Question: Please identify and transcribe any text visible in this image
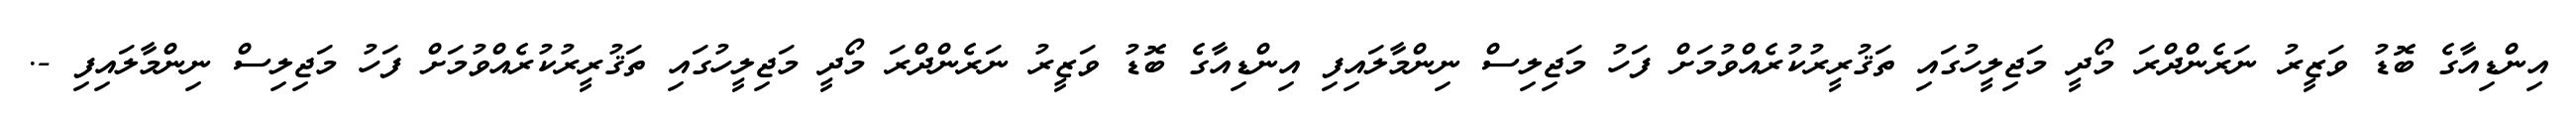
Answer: އިންޑިއާގެ ބޮޑު ވަޒީރު ނަރެންދްރަ މޯދީ މަޖިލީހުގައި ތަޤުރީރުކުރެއްވުމަށް ފަހު މަޖިލިސް ނިންމާލައިފި އިންޑިއާގެ ބޮޑު ވަޒީރު ނަރެންދްރަ މޯދީ މަޖިލީހުގައި ތަޤުރީރުކުރެއްވުމަށް ފަހު މަޖިލިސް ނިންމާލައިފި -.